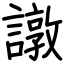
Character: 譈